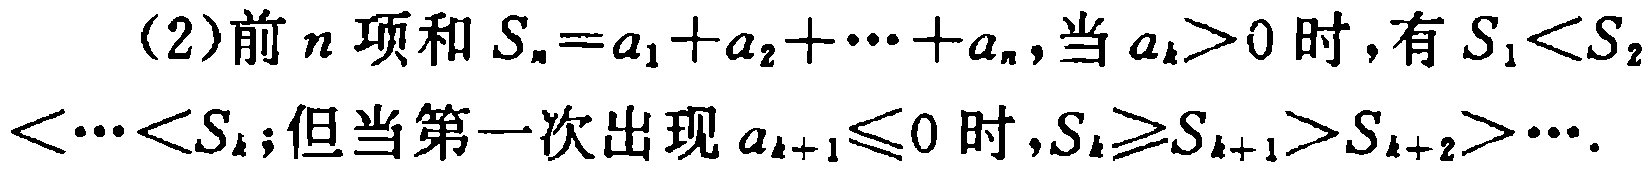
(2)前\(n\)项和\(S_{n}=a_{1}+a_{2}+\cdots +a_{n}\)，当\(a_{k}>0\)时，有\(S_{1}<S_{2}<\cdots <S_{k}\)；但当第一次出现\(a_{k + 1}\leqslant0\)时，\(S_{k}\geqslant S_{k + 1}>S_{k + 2}>\cdots\)。